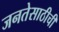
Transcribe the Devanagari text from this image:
जनतेसाठीची